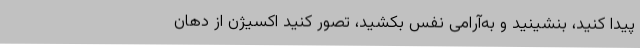
پیدا کنید، بنشینید و به‌آرامی نفس بکشید، تصور کنید اکسیژن از دهان